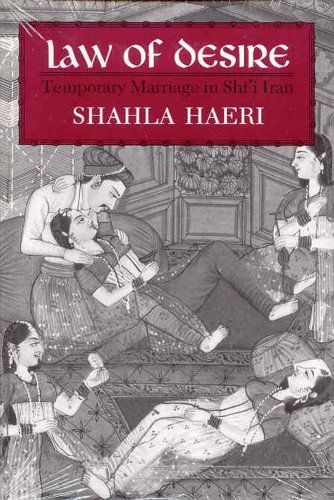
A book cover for Law of Desire: Temporary Marriage in Shi'i Iran (Contemporary Issues in the Middle East); Shahla Haeri; Law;